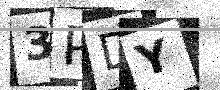
Text: 3PDY